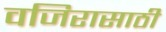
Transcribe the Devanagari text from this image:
वजिरासाठी